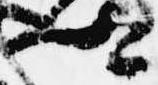
卿